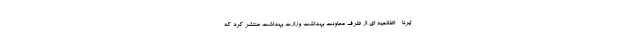
- ایرنا - اطلاعیه ای از طرف معاونت بهداشت وزارت بهداشت منتشر کرد که